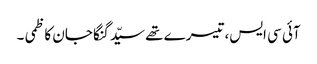
آئی سی ایس، تیسرے تھے سیّد گنگا جان کاظمی ۔